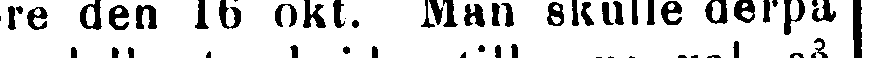
re den 16 okt. Man skulle derpå